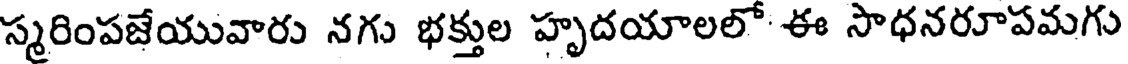
స్మరింపజేయువారు నగు భక్తుల హృదయాలలో ఈ సాధనరూపమగు